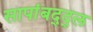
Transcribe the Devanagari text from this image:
सापांबद्द्ल